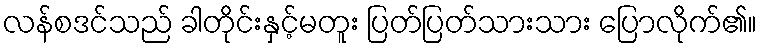
လန်စဒင်သည် ခါတိုင်းနှင့်မတူး ပြတ်ပြတ်သားသား ပြောလိုက်၏။